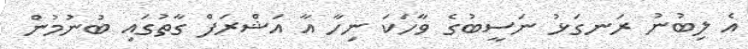
އެ ލިބުނު ރަނގަޅު ނަސީބުގެ ވާހަކަ ނިހާ އާ އަޝްރަފް ގާތުގައި ބުނުމުން